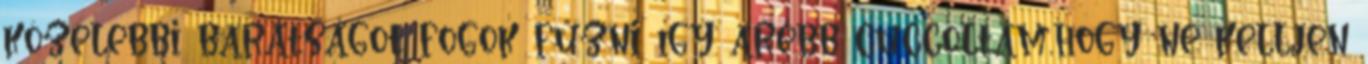
közelebbi barátságot fogok fűzni így arébb cuccoltam,hogy ne kelljen